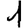
Digit: 1